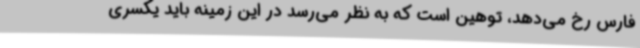
فارس رخ می‌دهد، توهین است که به نظر می‌رسد در این زمینه باید یکسری